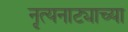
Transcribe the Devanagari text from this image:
नृत्यनाट्याच्या